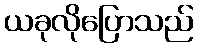
ယခုလိုပြောသည်